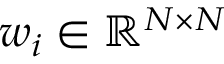
w _ { i } \in { \mathbb R } ^ { N \times N }